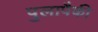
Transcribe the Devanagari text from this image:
पुलापैकी